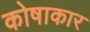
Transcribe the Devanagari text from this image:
कोषाकार